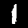
Digit: 1